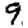
Digit: 9